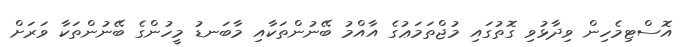
އޮސްޓިމެހިން ވިދާޅުވި ގޮތުގައި މުޖްތަމަޢުގެ އާއްމު ބޭނުންތަކާއި މާބަނޑު މީހުންގެ ބޭނުންތަކާ ވަރަށް